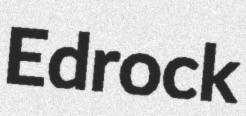
Edrock